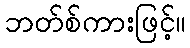
ဘတ်စ်ကားဖြင့်။